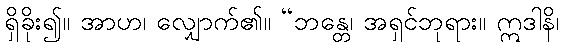
ရှိခိုး၍။ အာဟ၊ လျှောက်၏။ “ဘန္တေ၊ အရှင်ဘုရား။ ဣဒါနိ၊